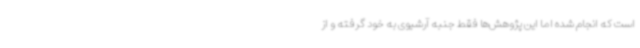
است که انجام شده اما این پژوهش‌ها فقط جنبه آرشیوی به خود گرفته و از